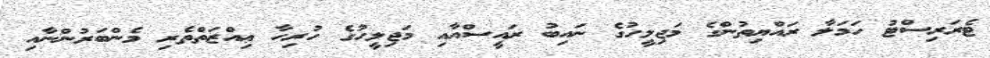
ޓެރަރިސްޓު ހަމަލާ ރައްޔިތުންގެ މަޖިލީހުގެ ނައިބު ރައީސްއާއި މަޖިލީހުގެ ހުރިހާ ޢިއްޒަތްތެރި މެންބަރުންނާއި